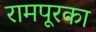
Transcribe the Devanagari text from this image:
रामपूरका